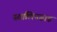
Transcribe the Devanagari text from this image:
स्तालिनग्राड